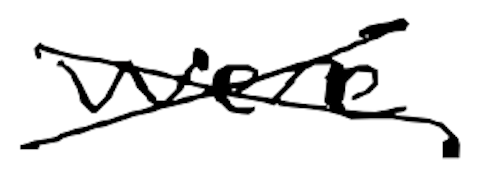
Text: were
Cross-out: cross
Writing tool: digital_black